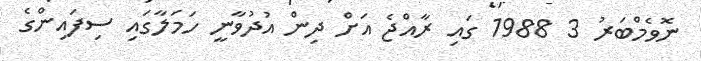
ނޮވެމްބަރު 3 1988 ގައި ރާއްޖެ އަށް ދިން އުދުވާނީ ހަމަލާގައި ސިފައިންގެ